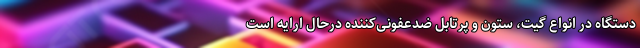
دستگاه‌ در انواع گیت، ستون و پرتابل ضدعفونی‌کننده درحال ارایه است